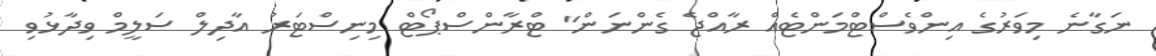
ނަގާނެ މިވަރުގެ އިންވެސްޓްމަންޓެއް ރާއްޖެ ގެންނަން" ޓްރާންސްޕޯޓް މިނިސްޓަރު އާދިލް ސަލީމް ވިދާޅުވި